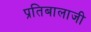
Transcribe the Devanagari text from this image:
प्रतिबालाजी